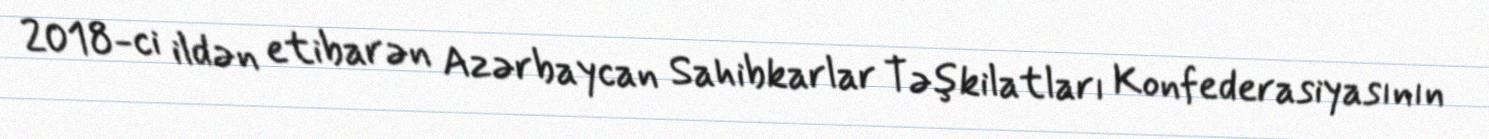
2018-ci ildən etibarən Azərbaycan Sahibkarlar Təşkilatları Konfederasiyasının